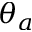
\theta _ { a }